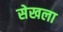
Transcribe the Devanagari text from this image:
सेखला